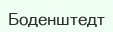
Боденштедт